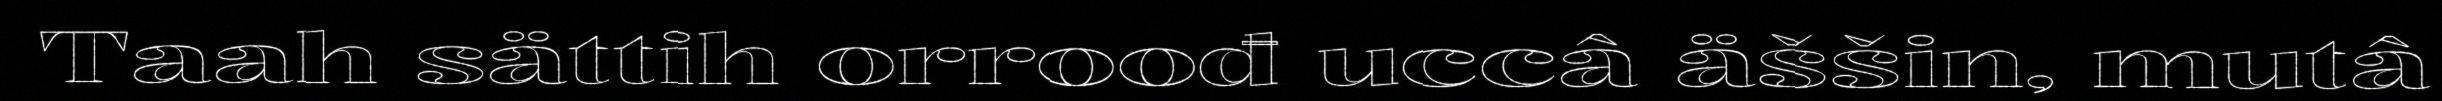
Taah sättih orroođ uccâ äššin, mutâ